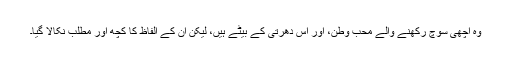
وہ اچھی سوچ رکھنے والے محب وطن، اور اس دھرتی کے بیٹے ہیں، لیکن اُن کے الفاظ کا کچھ اور مطلب نکالا گیا۔